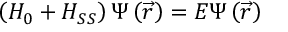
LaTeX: \left( H _ { 0 } + H _ { S S } \right) \Psi \left( \overrightarrow { r } \right) = E \Psi \left( \overrightarrow { r } \right)